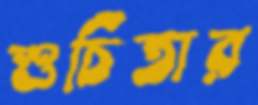
শুচিতার